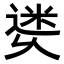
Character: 𨕜